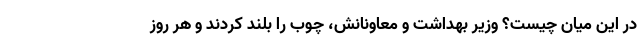
در این میان چیست؟ وزیر بهداشت و معاونانش، چوب را بلند کردند و هر روز